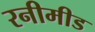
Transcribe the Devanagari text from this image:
रनीमीड